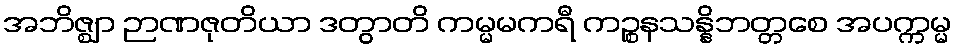
အဘိဇ္ဈာ ဉာဏဇုတိယာ ဒတွာတိ ကမ္မမကရီ ကဉ္စနသန္နိဘတ္တစေ အပက္ကမ္မ